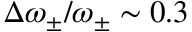
\Delta \omega _ { \pm } / \omega _ { \pm } \sim 0 . 3